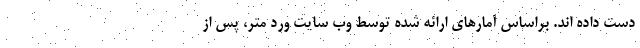
دست داده اند. براساس آمارهای ارائه شده توسط وب سایت ورد متر، پس از